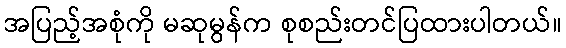
အပြည့်အစုံကို မဆုမွန်က စုစည်းတင်ပြထားပါတယ်။